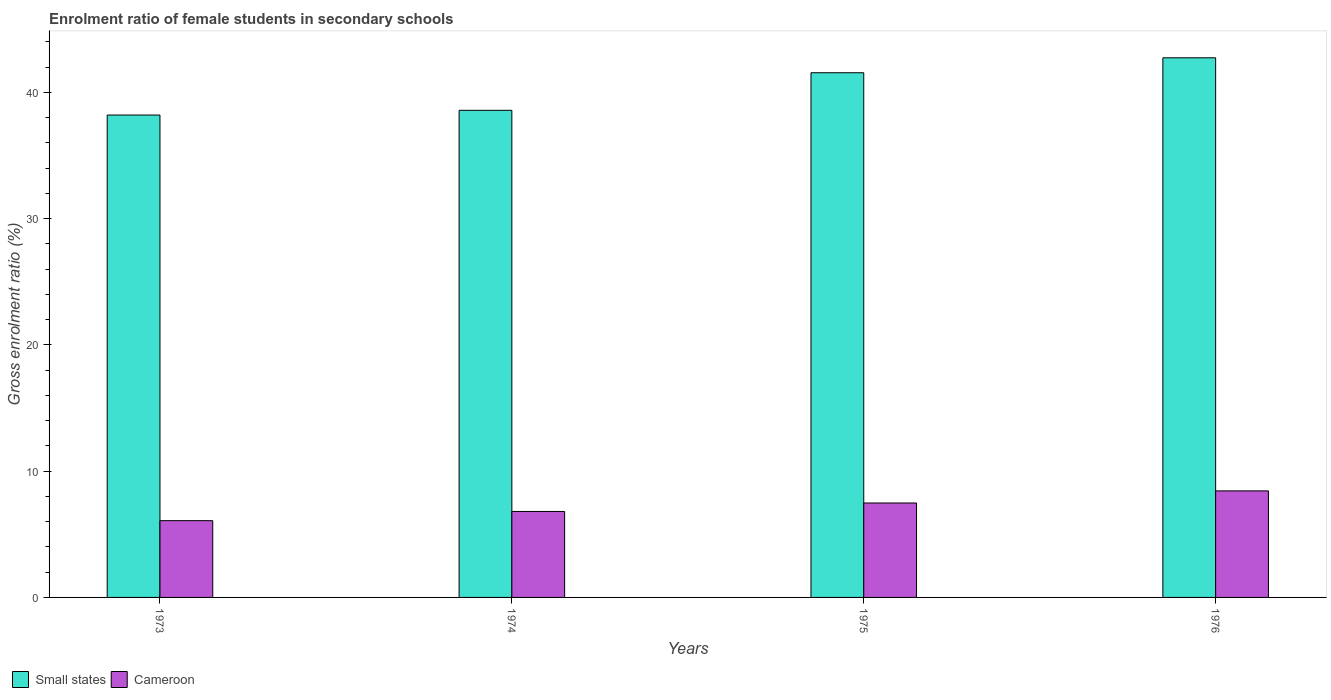
| Years | Small states | Cameroon |
 | --- | --- | --- |
 | 1973 | 38.2 | 6.08 |
 | 1974 | 38.6 | 6.81 |
 | 1975 | 41.5 | 7.48 |
 | 1976 | 42.7 | 8.44 |